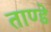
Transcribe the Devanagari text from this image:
ताण्डे